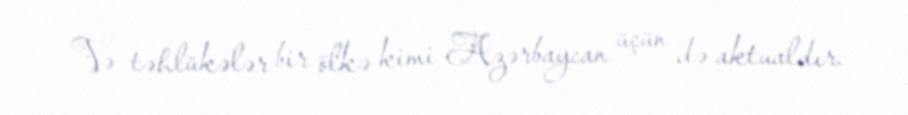
Və təhlükələr bir ölkə kimi Azərbaycan üçün də aktualdır.